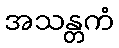
အသန္တကံ